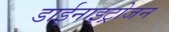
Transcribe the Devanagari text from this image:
डाईनाइट्रोजन